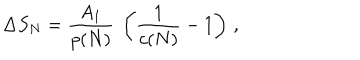
LaTeX: \Delta S _ { N } = { \frac { A _ { 1 } } { p ( N ) } } \ \left( { \frac { 1 } { c ( N ) } } - 1 \right) \, ,